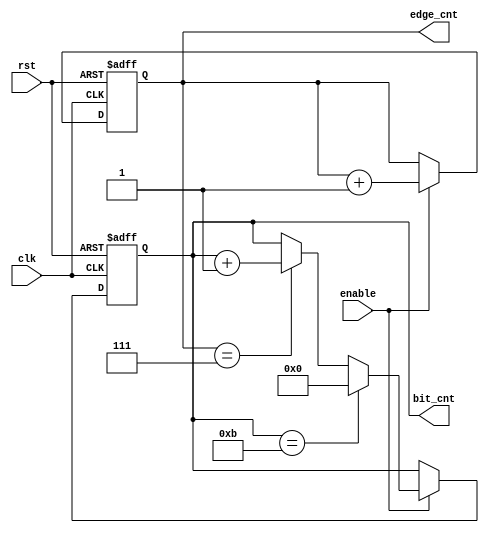
module edge_bit_counter (
    input wire clk,
    input wire rst,
    input wire enable,
    output reg [3:0] bit_cnt,
    output reg [2:0] edge_cnt  
);
    

always @(posedge clk or negedge rst) begin
    if (!rst)
    begin
        bit_cnt <= 4'b0;
        edge_cnt <= 3'b0;
    end

    else if (enable)
    begin
        edge_cnt <= edge_cnt + 3'b1;
        if (edge_cnt == 3'b111)
        begin
            bit_cnt <= bit_cnt + 4'b1;
        end
        if (bit_cnt == 4'b1011)
begin
    bit_cnt <= 4'b0;
end
    end  



end



endmodule